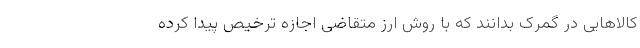
کالاهایی در گمرک بدانند که با روش ارز متقاضی اجازه ترخیص پیدا کرده